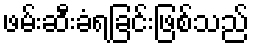
ဖမ်းဆီးခံရခြင်းဖြစ်သည်